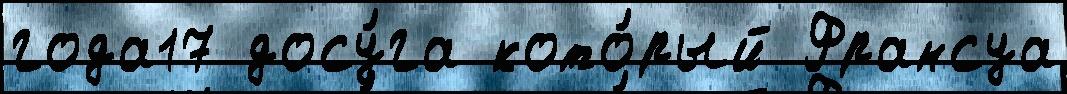
года17 досу́га кото́рый Франсуа